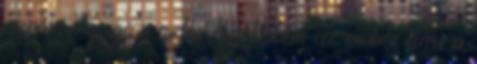
azonos. Az igazi tudás birtokában az ember arra a